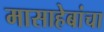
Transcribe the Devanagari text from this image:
मासाहेबांचा